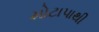
મોટાપાથી